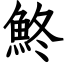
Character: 鮗